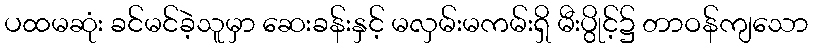
ပထမဆုံး ခင်မင်ခဲ့သူမှာ ဆေးခန်းနှင့် မလှမ်းမကမ်းရှိ မီးပွိုင့်၌ တာဝန်ကျသော